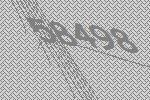
58498